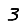
Digit: 3